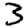
Digit: 3